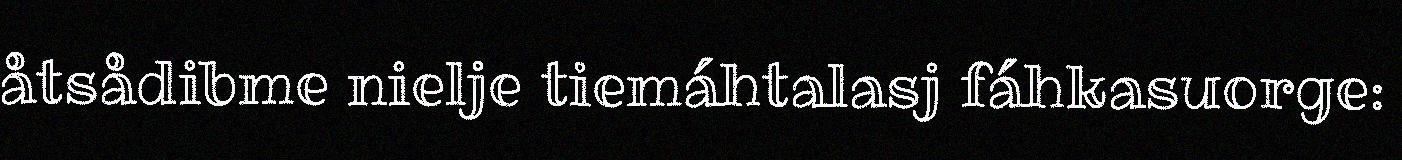
åtsådibme nielje tiemáhtalasj fáhkasuorge: